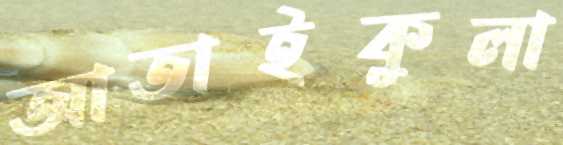
আতাইকুলা